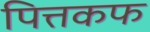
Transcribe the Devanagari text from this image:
पित्तकफ